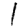
Digit: 1